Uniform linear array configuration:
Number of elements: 8
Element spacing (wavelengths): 0.5
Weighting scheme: uniform
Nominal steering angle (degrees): -45
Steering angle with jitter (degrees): -44.665
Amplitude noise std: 0.05
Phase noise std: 0.05

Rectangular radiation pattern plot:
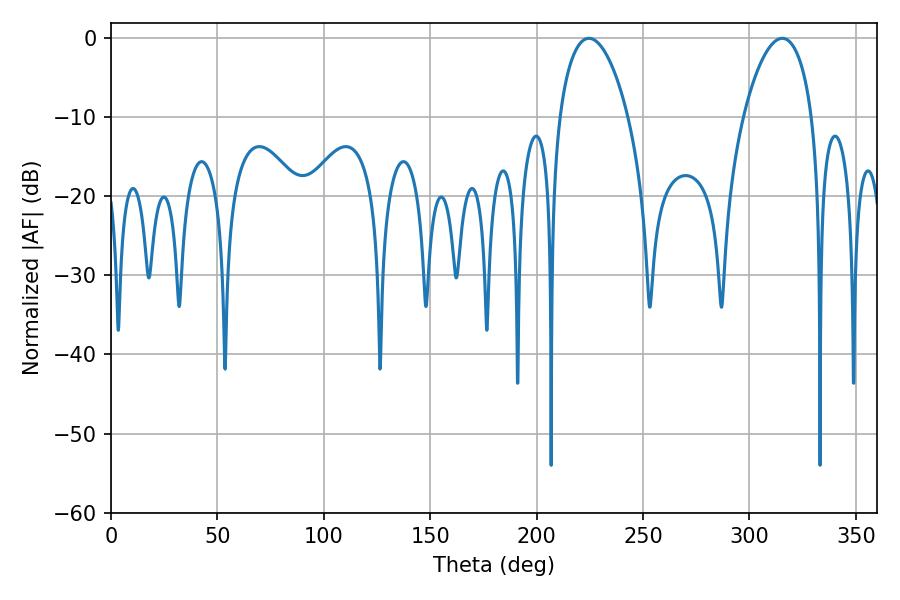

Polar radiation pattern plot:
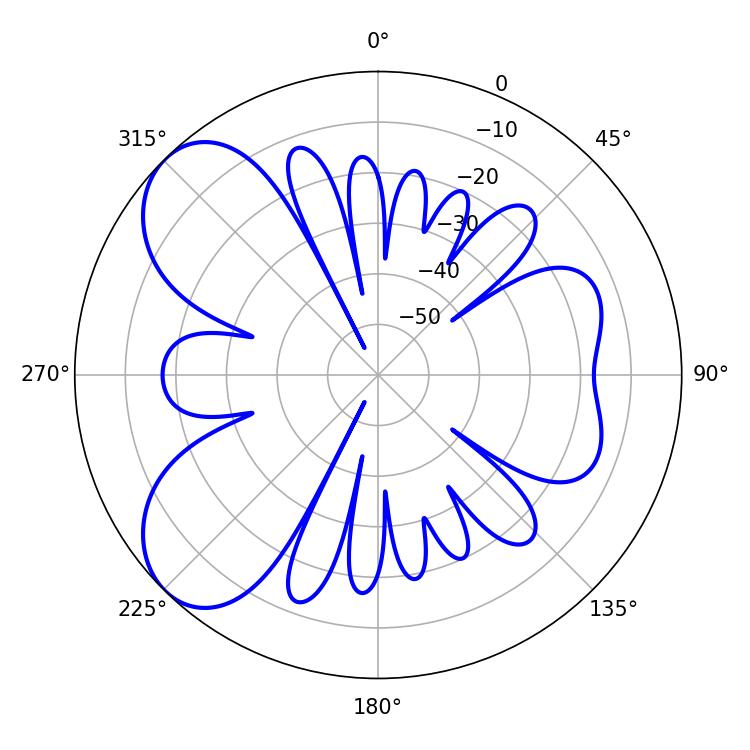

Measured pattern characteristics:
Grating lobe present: FALSE
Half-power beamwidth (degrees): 18.36
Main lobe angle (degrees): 224.64